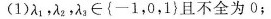
(1)λ_{1}，λ_{2}，λ_{3} \in {-1，0，1}且不全为0；